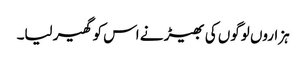
ہزاروں لوگوں کی بھیڑ نے اس کو گھیر لیا۔